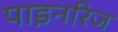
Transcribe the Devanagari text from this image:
पाइनरिज